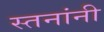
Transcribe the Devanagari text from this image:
स्तनांनी